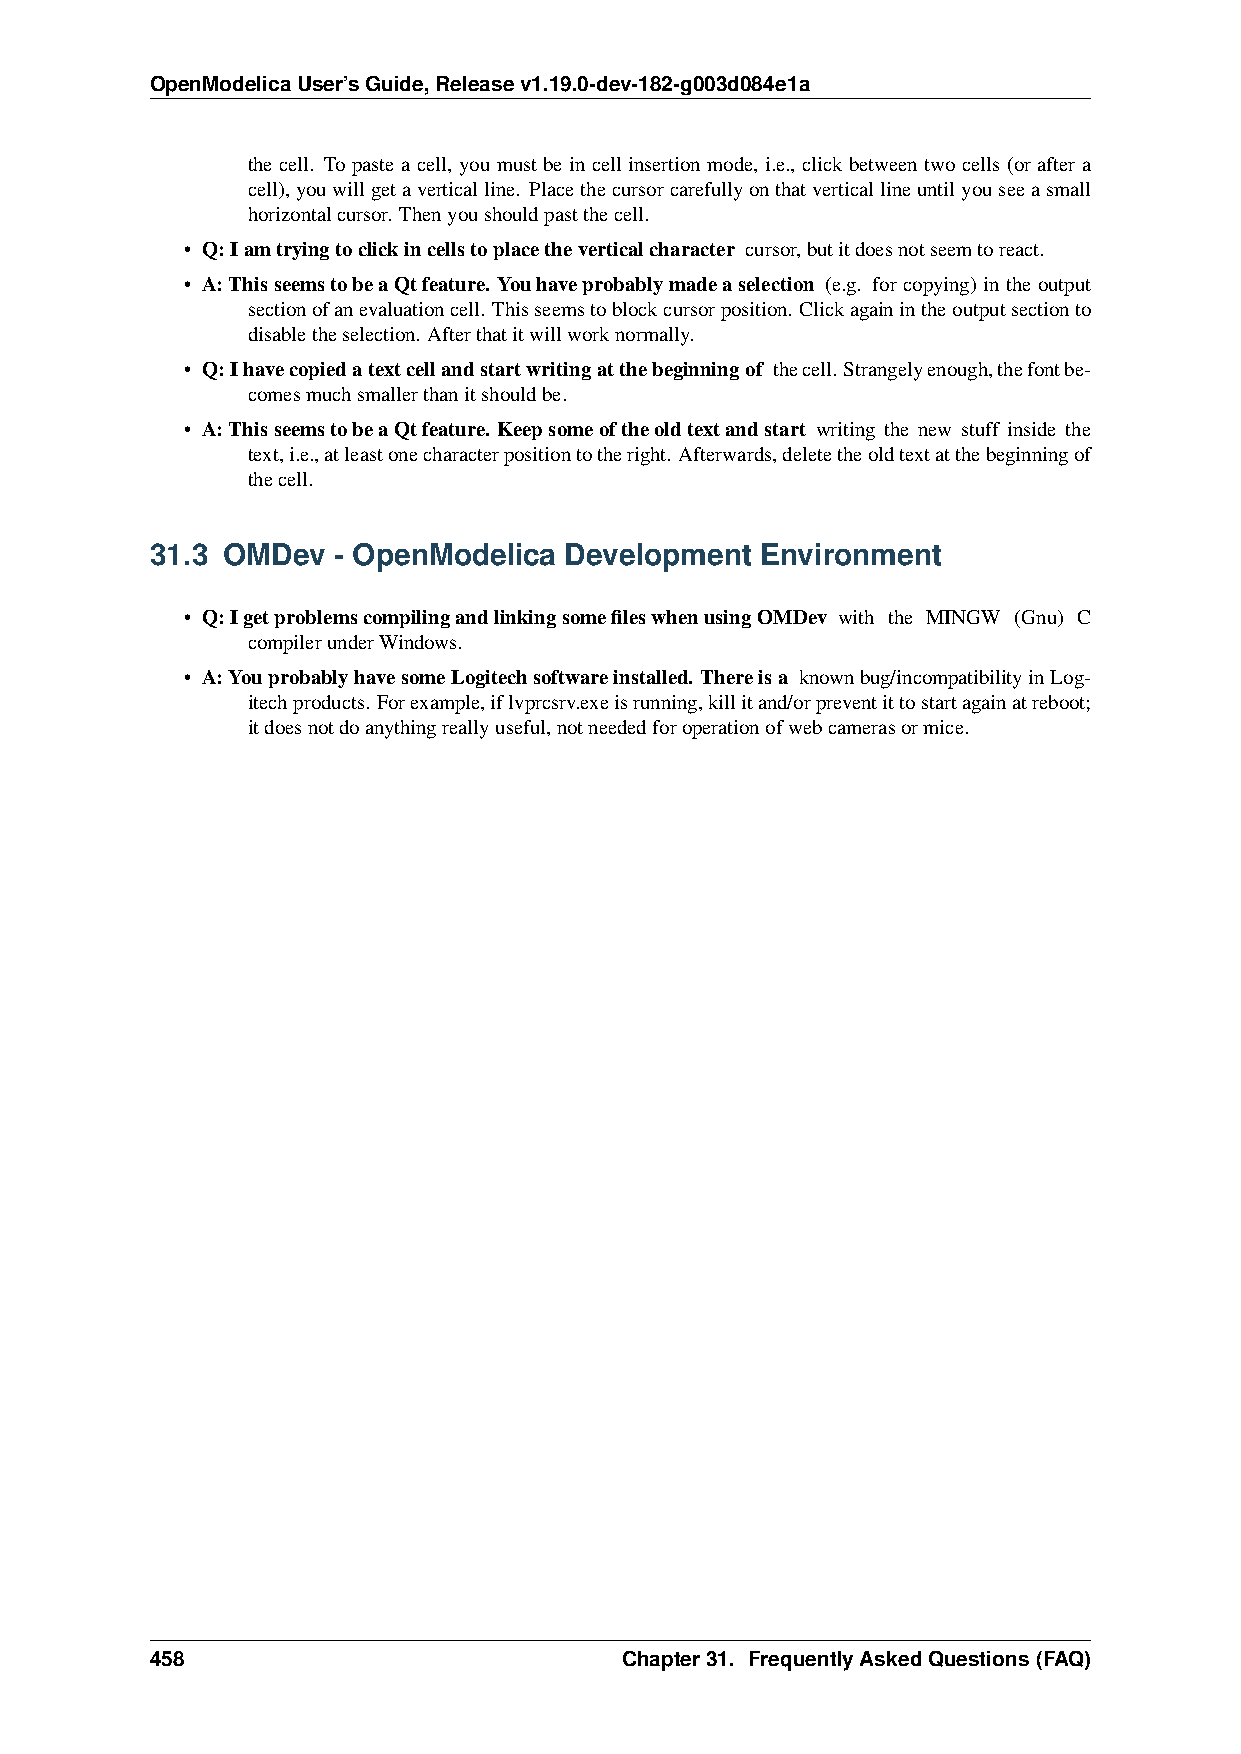
OpenModelicaUser’sGuide,Releasev1.19.0-dev-182-g003d084e1a
 the cell. To paste a cell, you must be in cell insertion mode, i.e., click between two cells (or after a
 cell),youwillgetaverticalline. Placethecursorcarefullyonthatverticallineuntilyouseeasmall
 horizontalcursor. Thenyoushouldpastthecell.
 • Q:Iamtryingtoclickincellstoplacetheverticalcharacter cursor,butitdoesnotseemtoreact.
 • A:ThisseemstobeaQtfeature. Youhaveprobablymadeaselection (e.g. for copying) in the output
 sectionofanevaluationcell. Thisseemstoblockcursorposition. Clickagainintheoutputsectionto
 disabletheselection. Afterthatitwillworknormally.
 • Q:Ihavecopiedatextcellandstartwritingatthebeginningof thecell.Strangelyenough,thefontbe-
 comesmuchsmallerthanitshouldbe.
 • A:ThisseemstobeaQtfeature. Keepsomeoftheoldtextandstart writing the new stuff inside the
 text,i.e.,atleastonecharacterpositiontotheright. Afterwards,deletetheoldtextatthebeginningof
 thecell.
 31.3 OMDev  - OpenModelica Development  Environment
 • Q:IgetproblemscompilingandlinkingsomefileswhenusingOMDev with the MINGW (Gnu) C
 compilerunderWindows.
 • A:YouprobablyhavesomeLogitechsoftwareinstalled. Thereisa knownbug/incompatibilityinLog-
 itechproducts. Forexample,iflvprcsrv.exeisrunning,killitand/orpreventittostartagainatreboot;
 itdoesnotdoanythingreallyuseful,notneededforoperationofwebcamerasormice.
 458                            Chapter31. FrequentlyAskedQuestions(FAQ)